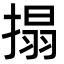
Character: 搨